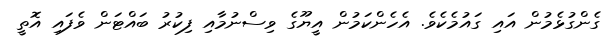
ގެންގުޅެމުން އައި ގައުމެކެވެ. އެހެންކަމުން އީޔޫގެ ވިސްނުމާއި ފިކުރު ބައްޓަން ވެފައި އޮތީ